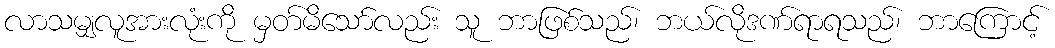
လာသမျှလူအားလုံးကို မှတ်မိသော်လည်း သူ ဘာဖြစ်သည်၊ ဘယ်လိုဒဏ်ရာရသည်၊ ဘာကြောင့်